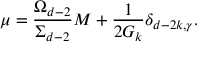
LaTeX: \mu = \frac { \Omega _ { d - 2 } } { \Sigma _ { d - 2 } } M + \frac { 1 } { 2 G _ { k } } \delta _ { d - 2 k , \gamma } .